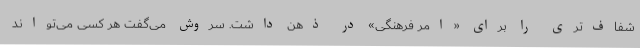
شفاف‌تری را برای «امر فرهنگی» در ذهن داشت. سروش می‌گفت هر کسی می‌تواند